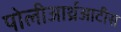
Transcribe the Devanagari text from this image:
पोलीआर्थ्रआटीस